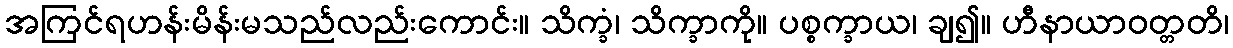
အကြင်ရဟန်းမိန်းမသည်လည်းကောင်း။ သိက္ခံ၊ သိက္ခာကို။ ပစ္စက္ခာယ၊ ချ၍။ ဟီနာယာဝတ္တတိ၊